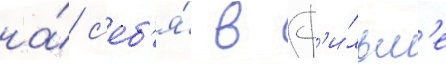
на́ с'еб'я́ в ф'и́льм'е